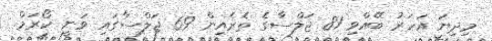
މިދިޔަ އަހަރު ބޭއްވި 81 ޖަލްސާގެ ތެރެއިން 69 ޖަލްސާގައި ވަނީ ކޯރަމް